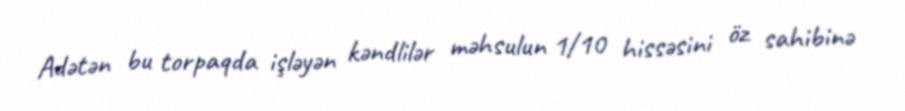
Adətən bu torpaqda işləyən kəndlilər məhsulun 1/10 hissəsini öz sahibinə